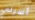
أسرتي